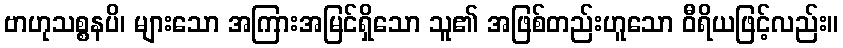
ဗာဟုသစ္စနပိ၊ များသော အကြားအမြင်ရှိသော သူ၏ အဖြစ်တည်းဟူသော ဝီရိယဖြင့်လည်း။